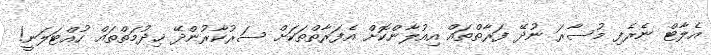
އެލާޓް ނެރެފި މުސާރަ ނުދޭ ފަރާތްތައް އިއުލާންކޮށް އެފަރާތްތަކަށް ސަރުކާރުންދޭ ޚިދުމަތްތައް ހުއްޓަލަނީ!